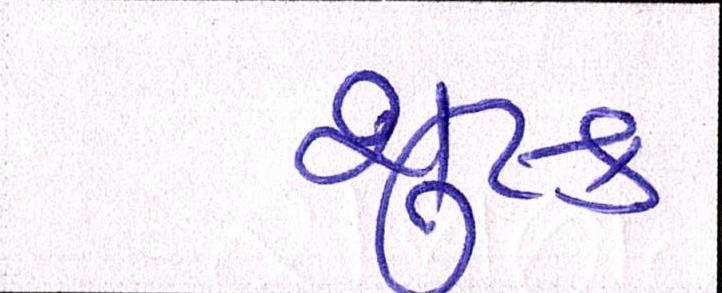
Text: શુષ્ક